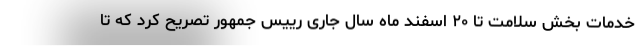
خدمات بخش سلامت تا ۲۰ اسفند ماه سال جاری رییس جمهور تصریح کرد که تا